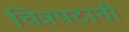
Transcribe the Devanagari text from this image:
चित्रपटानी